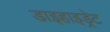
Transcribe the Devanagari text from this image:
डाइहाइड्रेट